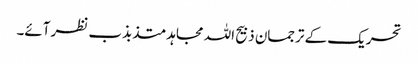
تحریک کے ترجمان ذبیح اللہ مجاہد متذبذب نظر آئے۔